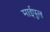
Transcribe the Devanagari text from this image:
माईपुल